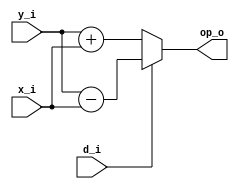
module op_y #(
  parameter n = 32
) (
  input  signed [n-1:0] y_i,
  input  signed [n-1:0] x_i,
  input                 d_i,
  output signed [n-1:0] op_o
);

  // d_i = 1 -> Z es negativo
  // d_i = 0 -> Z es positivo
  assign op_o = d_i ? y_i - x_i : y_i + x_i ;
  
endmodule